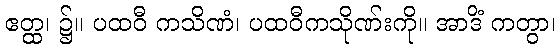
ဧတ္ထ၊ ၌။ ပထဝီ ကသိဏံ၊ ပထဝီကသိုဏ်းကို။ အာဒိံ ကတွာ၊